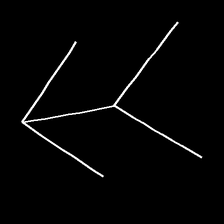
Glyph: gather